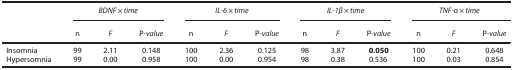
|  | <COLSPAN=3> BDNF × time | <COLSPAN=3> IL-6 × time | <COLSPAN=3> IL-1β × time | <COLSPAN=3> TNF-α × time |
 |  | n | F | P-value | n | F | P-value | n | F | P-value | n | F | P-value |
 | --- | --- | --- | --- | --- | --- | --- | --- | --- | --- | --- | --- | --- |
 | Insomnia | 99 | 2.11 | 0.148 | 100 | 2.36 | 0.125 | 98 | 3.87 | 0.050 | 100 | 0.21 | 0.648 |
 | Hypersomnia | 99 | 0.00 | 0.958 | 100 | 0.00 | 0.954 | 98 | 0.38 | 0.536 | 100 | 0.03 | 0.854 |